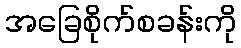
အခြေစိုက်စခန်းကို